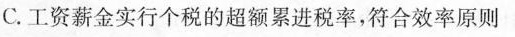
C.工资薪金实行个税的超额累进税率，符合效率原则